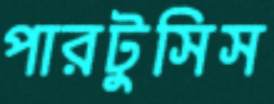
পারটুসিস